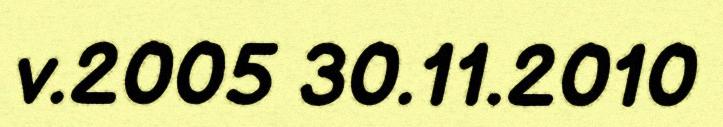
v.2005 30.11.2010